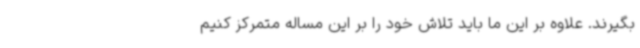
بگیرند. علاوه بر این ما باید تلاش خود را بر این مساله متمرکز کنیم